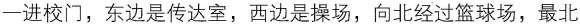
一进校门，东边是传达室，西边是操场，向北经过篮球场，最北